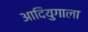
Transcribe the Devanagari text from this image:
आदियुगाला